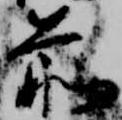
前